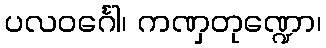
ပလဝင်္ဂေါ၊ ကဏှတုဏ္ဍော၊